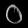
Digit: ၀